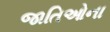
જાતિઓના